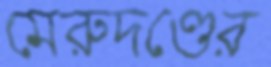
মেরুদণ্ডের